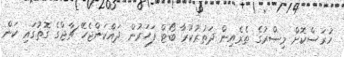
ހުރަސްކޮށް މިޞްރުގެ ތެރެއިން ދަތުރުކުރާ ބޯޓް ފަހަރުން ދައްކަންޖެހޭ ޗާޖްގެ ގޮތުގައި ކަން